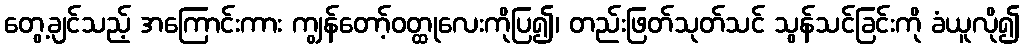
တွေ့ချင်သည့် အကြောင်းကား ကျွန်တော့်ဝတ္ထုလေးကိုပြ၍၊ တည်းဖြတ်သုတ်သင် သွန်သင်ခြင်းကို ခံယူလို၍